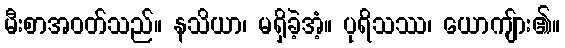
မီးစာအဝတ်သည်။ နသိယာ၊ မရှိခဲ့အံ့။ ပုရိသဿ၊ ယောကျ်ား၏။